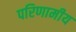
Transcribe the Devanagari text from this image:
परिणामीय